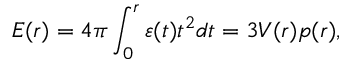
E ( r ) = 4 \pi \int _ { 0 } ^ { r } { \varepsilon ( t ) t ^ { 2 } d t } = 3 V ( r ) p ( r ) ,